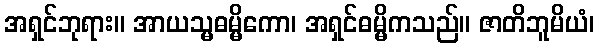
အရှင်ဘုရား။ အာယသ္မဓမ္မိကော၊ အရှင်ဓမ္မိကသည်။ ဇာတိဘူမိယံ၊